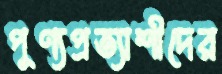
পুণ্যপ্রত্যাশীদের